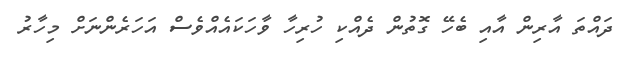
ދައްތަ އާރިން އާއި ބެހޭ ގޮތުން ދެއްކި ހުރިހާ ވާހަކައެއްވެސް އަހަރެންނަށް މިހާރު